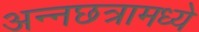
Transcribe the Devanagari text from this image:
अन्नछत्रामध्ये